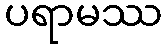
ပရာမဿ